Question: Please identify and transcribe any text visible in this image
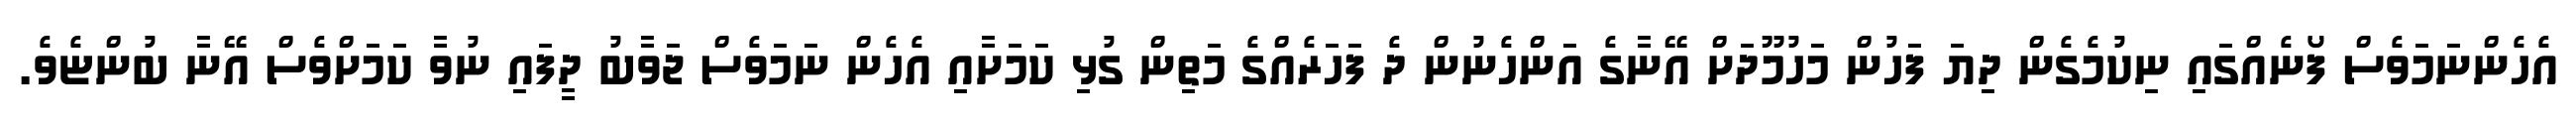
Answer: އެހެންނަމަވެސް ފޯނެއްގައި ނިކުމެގެން ދިޔަ ފަހުން މަހުމޫދަށް އޭނާގެ އަންހެނުން ދެ ފަހަރެއްގެ މަތިން ގުޅި ކަމަށާއި އެހެން ނަަމަވެސް ޖަވާބު ދީފައި ނުވާ ކަމަށްވެސް އޭނާ ބުންޏެވެ.